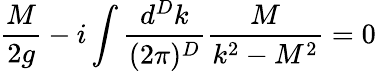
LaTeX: \frac{M}{2g}-i\int\frac{d^{D}k}{(2\pi)^{D}}\frac{M}{k^{2}-M^{2}}=0